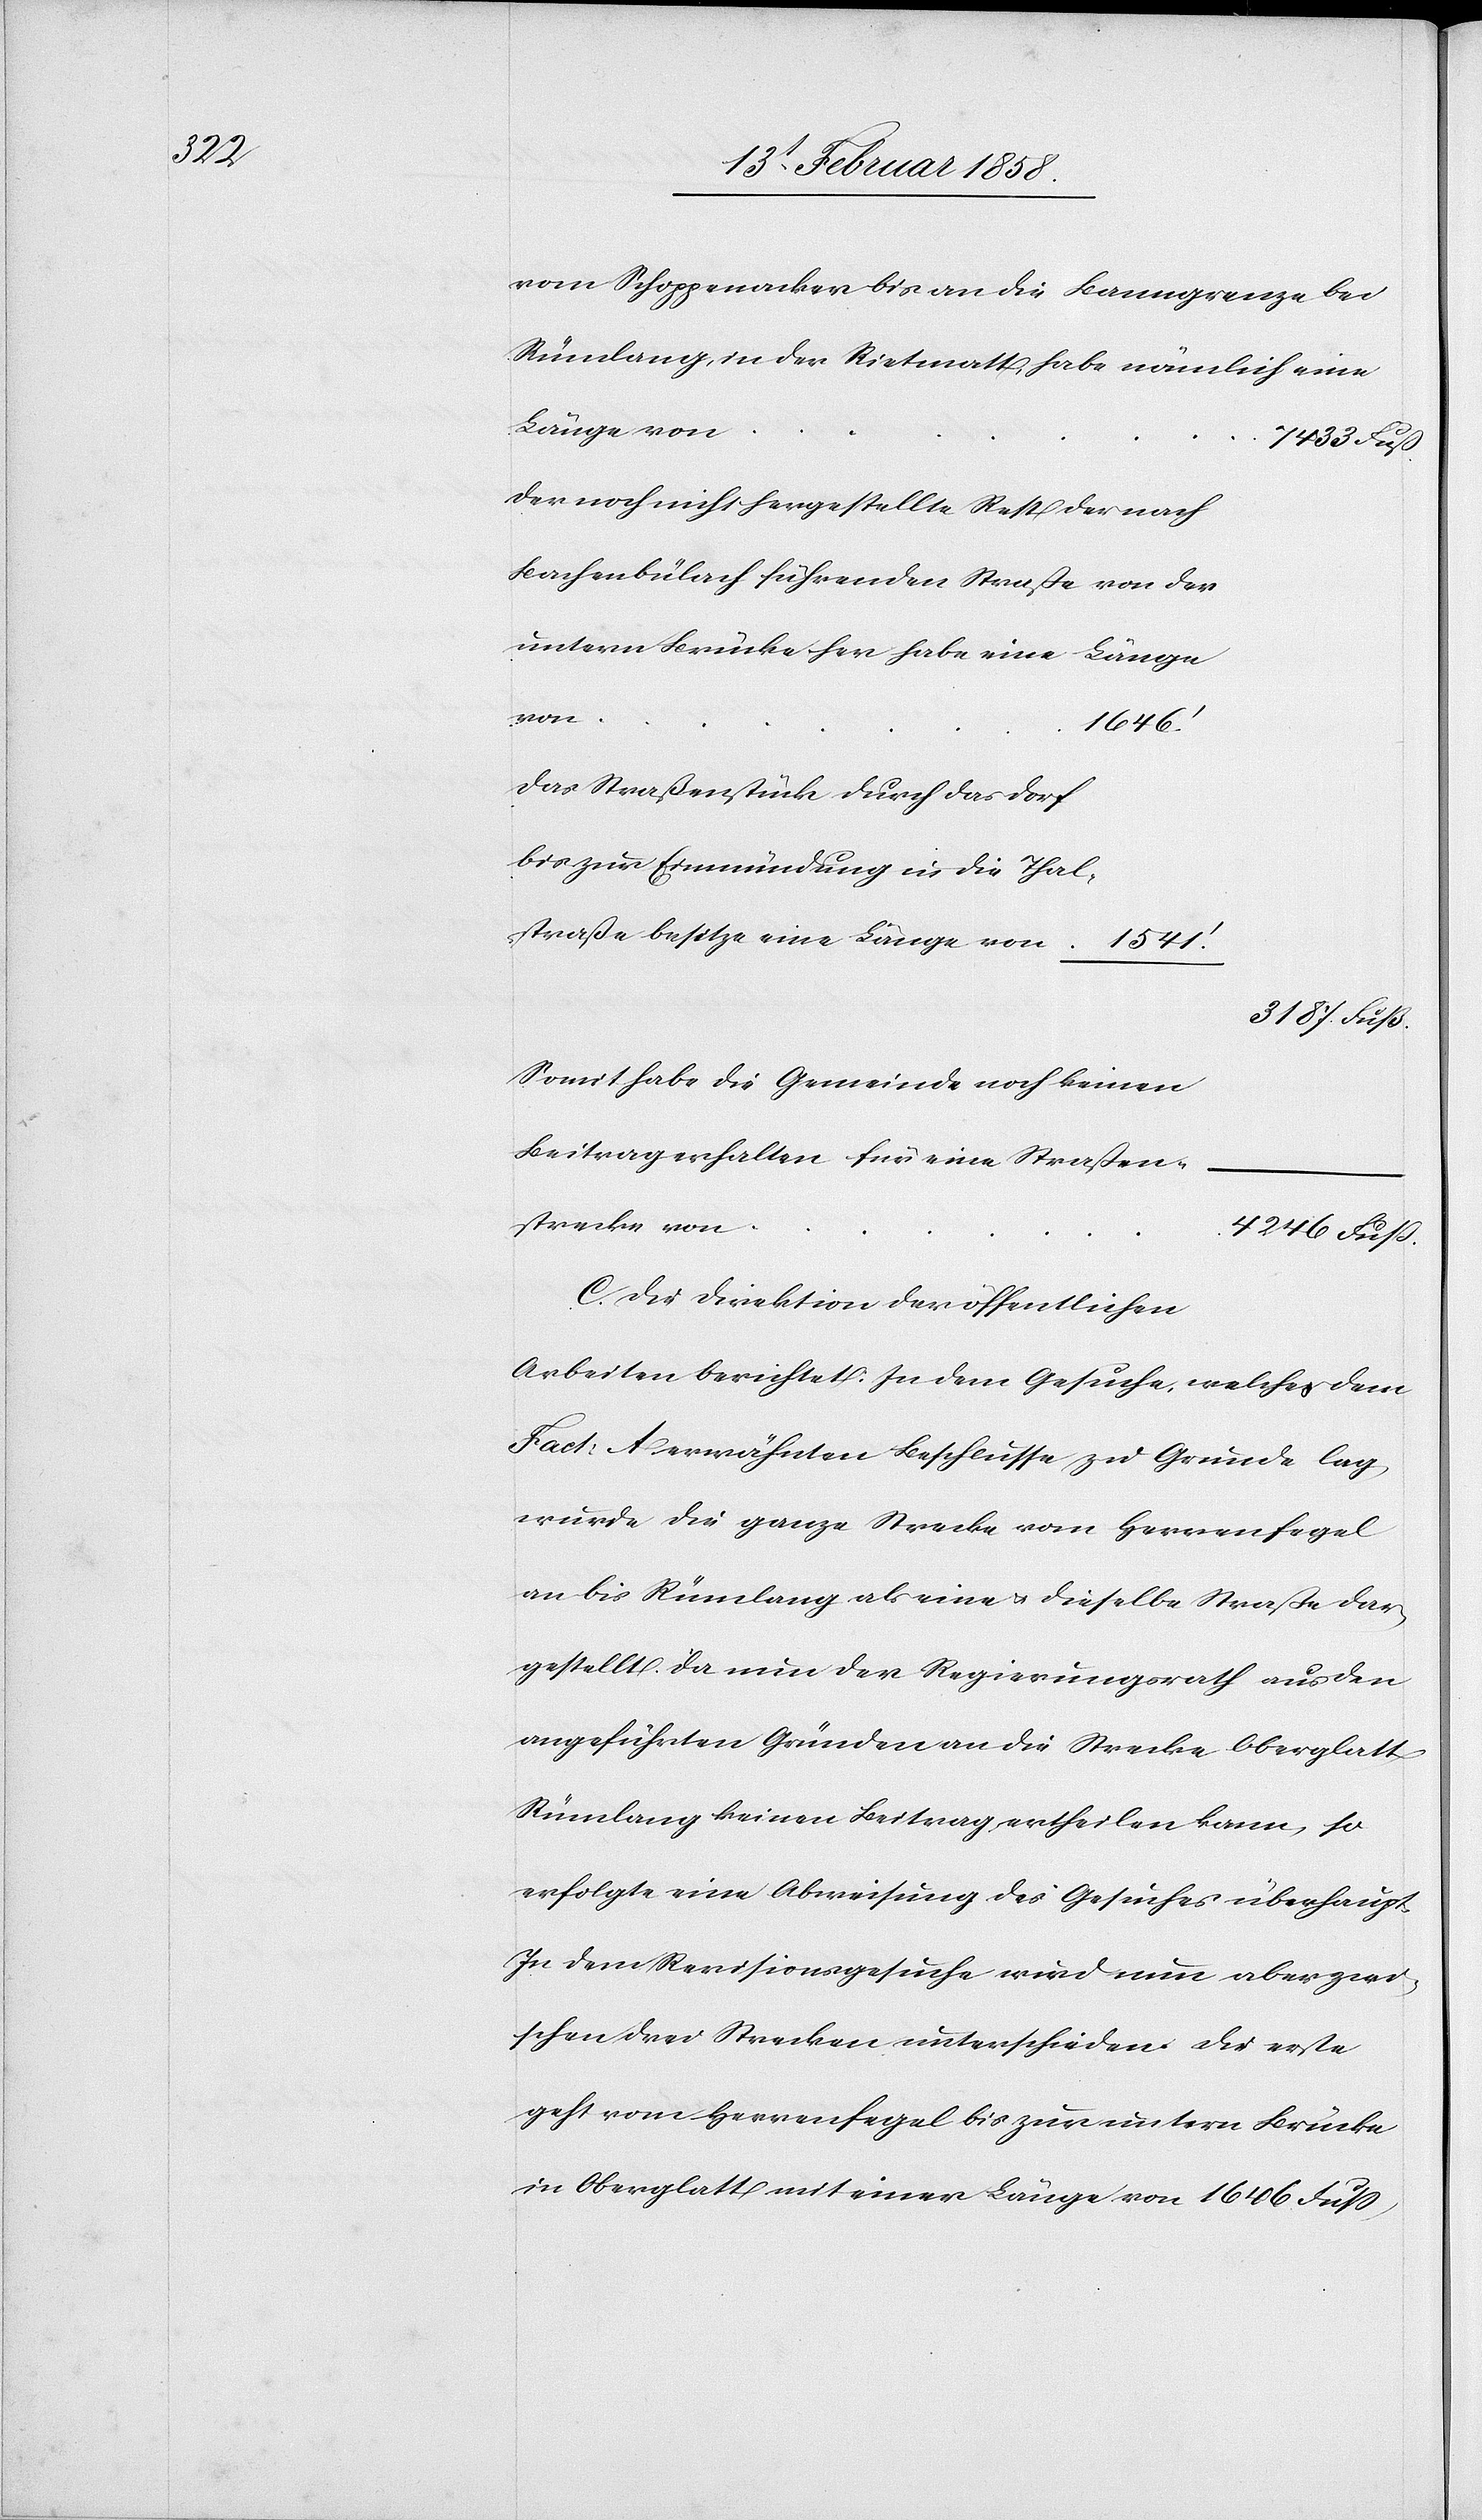
vom Schoppenacker bis an die Banngrenze bei
Länge von
7433 Fuß
Der noch nicht hergestellte Rest der nach
Bachenbülach führenden Straße von der
untern Brücke her habe eine Länge
von
1646’
Das Straßenstück durch das Dorf
bis zur Einmündung in die Thal¬
straße besitze eine Länge von
3187 Fuß
Somit habe die Gemeinde noch keinen
Beitrag erhalten für eine Straßen¬
strecke von
4246 Fuß
C. Die Direktion der öffentlichen
Arbeiten berichtet: In dem Gesuche, welches dem
Fact. A erwähnten Beschlusse zu Grunde lag
wurde die ganze Strecke vom Herrenfegel
an bis Rümlang als eine u. dieselbe Straße dar¬
gestellt. Da nun der Regierungsrath aus den
angeführten Gründen an die Strecke Oberglatt
Rümlang keinen Beitrag ertheilen kann, so
erfolgte eine Abweisung des Gesuches überhaupt.
In dem Revisionsgesuche wird nun aber zwi¬
schen drei Strecken unterschieden. Die erste
geht vom Herrenfegel bis zur untern Brücke
in Oberglatt mit einer Länge von 1646 Fuß,